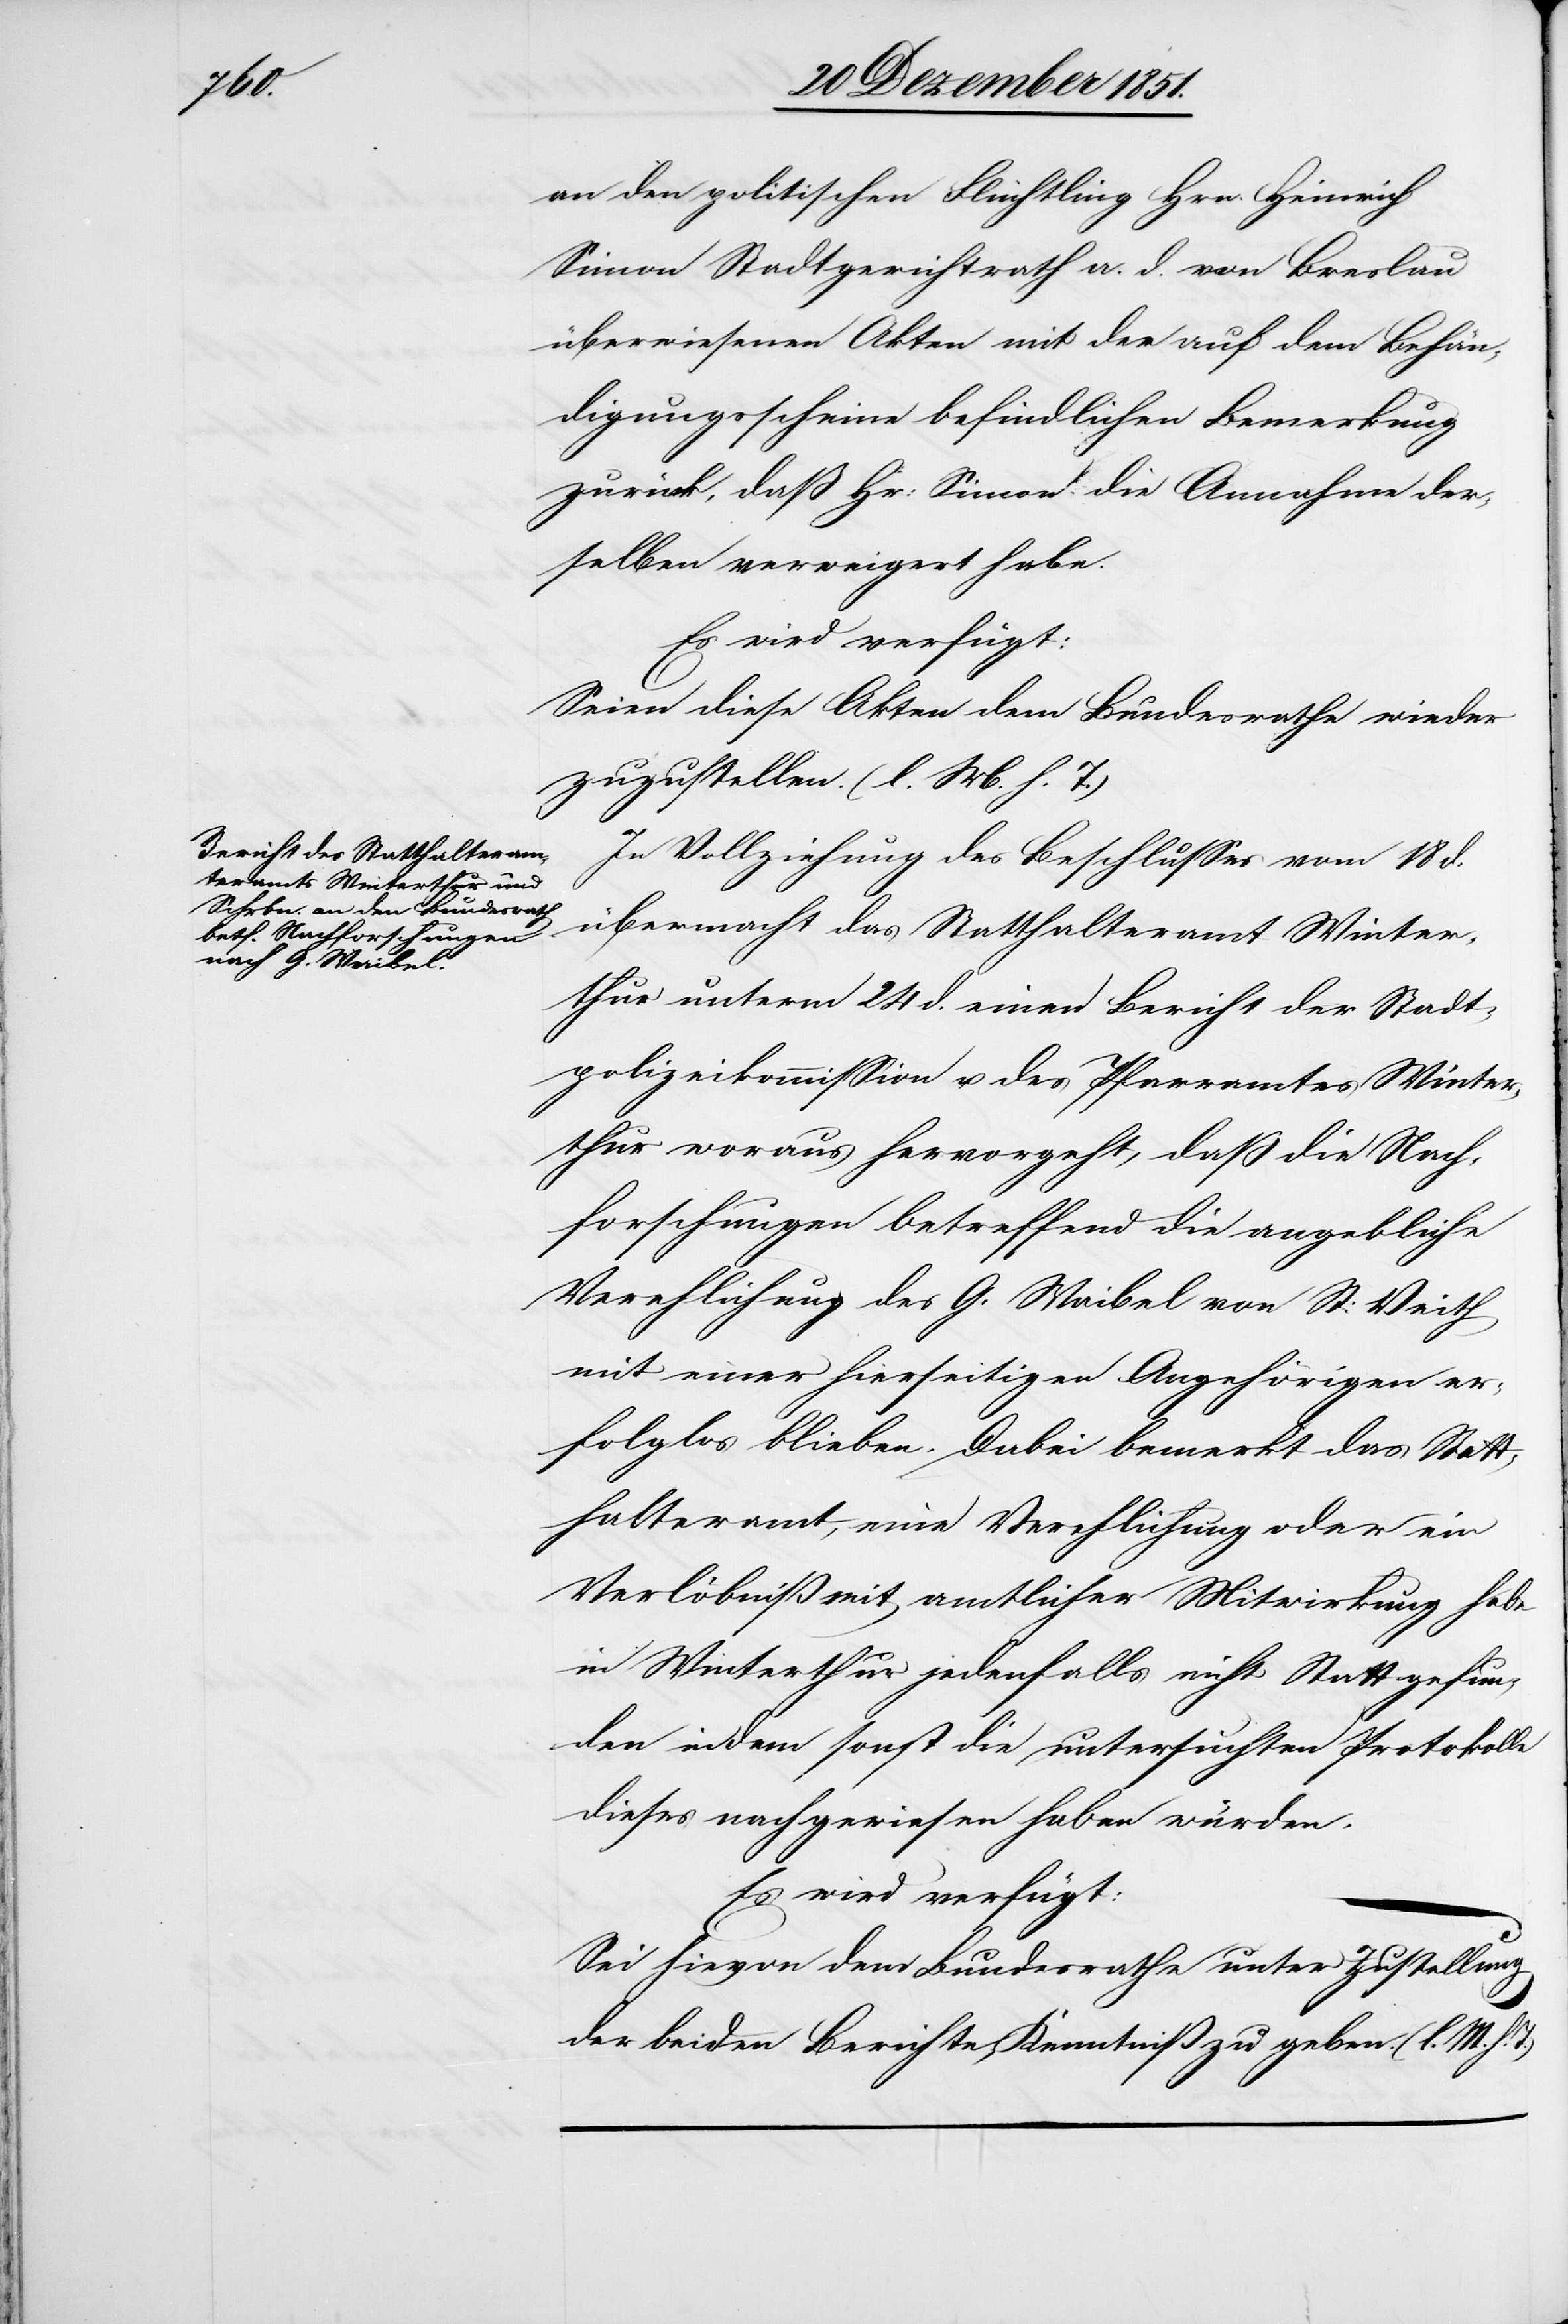
24 Dezember 1851.]
den
an den politischen Flüchtling Hrn. Heinrich
Simon Stadtgerichtrath a. d. von Breslau
überwiesenen Akten mit der auf dem Behän¬
digungsscheine befindlichen Bemerkung
zurück, daß Hr: Simon die Annahme der¬
selben verweigert habe.
Es wird verfügt:
Seien diese Akten dem Bundesrathe wieder
zuzustellen. (l. M. h. T.)
In Vollziehung des Beschlusses vom 18 d.
übermacht das Statthalteramt Winter¬
thur unterm 24 d. einen Bericht der Stadt¬
polizeikommission u. des Pfarramtes Winter¬
thur woraus hervorgeht, daß die Nach¬
forschungen betreffend die angebliche
Verehlichung des G. Waibel von St: Veith
mit einer hierseitigen Angehörigen er¬
folglos blieben. Dabei bemerkt das Stat¬
thalteramt, eine Verehlichung oder ein
Verlöbniß mit amtlicher Mitwirkung habe
in Winterthur jedenfalls nicht Statt gefun¬
den indem sonst die untersuchten Protokolle
dieses nachgewiesen haben würden.
Es wird verfügt:
Sei hievon dem Bundesrathe unter Zustellung
der beiden Berichte, Kenntniß zu geben. (l. M. h.